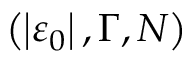
\left( \left\vert \varepsilon _ { 0 } \right\vert , \Gamma , N \right)